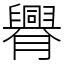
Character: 臖